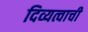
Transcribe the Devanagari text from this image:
दिव्यत्वाची